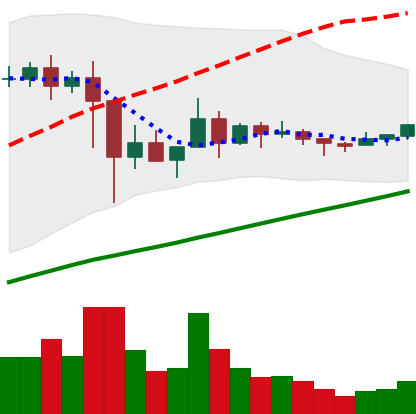
Ticker: XLM-USD
Chart end date: 2021-03-09
Forward return: -9.503%
Label: down_7plus